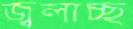
জ্বলাচ্ছ